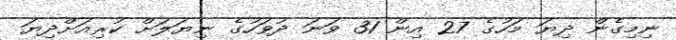
ނިމިގެން ދިޔަ މަހުގެ 27 އިން 31 ވަނަ ދުވަހުގެ ނިޔަލަށް ކުރިއަށްދިޔަ